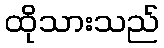
ထိုသားသည်